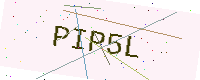
Text: PIP5L